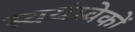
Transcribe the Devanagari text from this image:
स्वयंस्वेकों